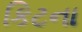
કિટના